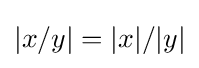
|x/y|=|x|/|y|